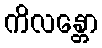
ကိလန္တော